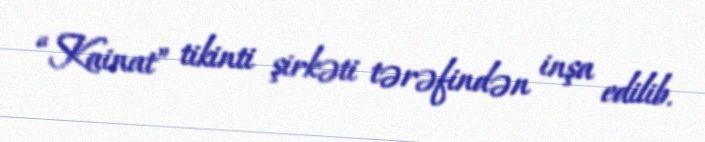
“Kainat” tikinti şirkəti tərəfindən inşa edilib.